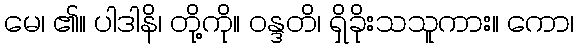
မေ၊ ၏။ ပါဒါနိ၊ တို့ကို။ ဝန္ဒတိ၊ ရှိခိုးသသူကား။ ကော၊